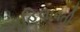
અહિલાવતી